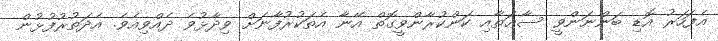
އެފަހަރު އޮޑި ބަންނަންވީ ސާޢަތާއި ކަންކުރާންވީގޮތް އޭނާ އެތަކުރުފާނަށް ވިދާޅުވެ ދެއްވިއެވެ. އެދަތުރުފުޅުން